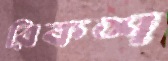
রিকশ